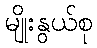
မျိုးနွယ်စု